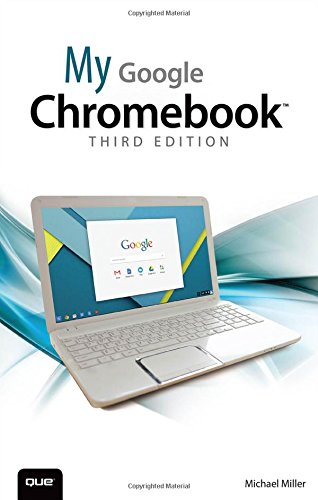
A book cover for My Google Chromebook (3rd Edition); Michael Miller; Computers & Technology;